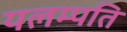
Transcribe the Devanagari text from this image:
यलम्पति